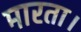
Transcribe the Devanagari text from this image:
मारता।